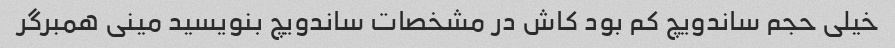
خیلی حجم ساندویچ کم بود کاش در مشخصات ساندویچ بنویسید مینی همبرگر